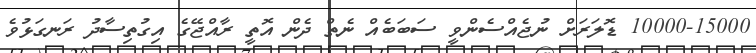
10000-15000 ޑޮލަރަށް ނުޖެއްސެންވީ ސަބަބެއް ނެތް ދެން އޮތީ ރާއްޖޭގެ އިގުތިސާދު ރަނގަޅުވެ